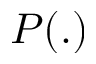
P ( . )